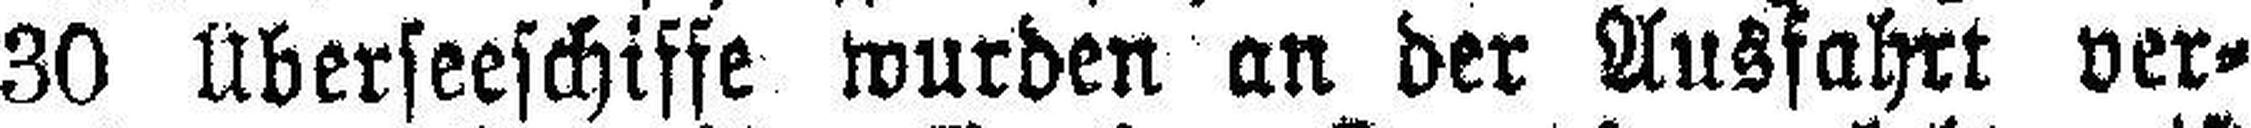
30 Überseeschiffe wurden an der Ausfahrt ver¬